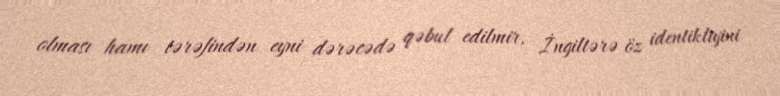
olması hamı tərəfindən eyni dərəcədə qəbul edilmir, İngiltərə öz identikliyini